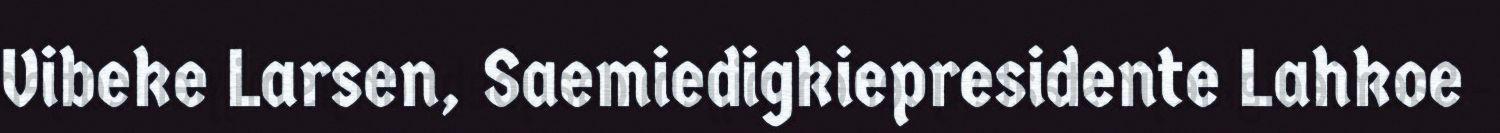
Vibeke Larsen, Saemiedigkiepresidente Lahkoe